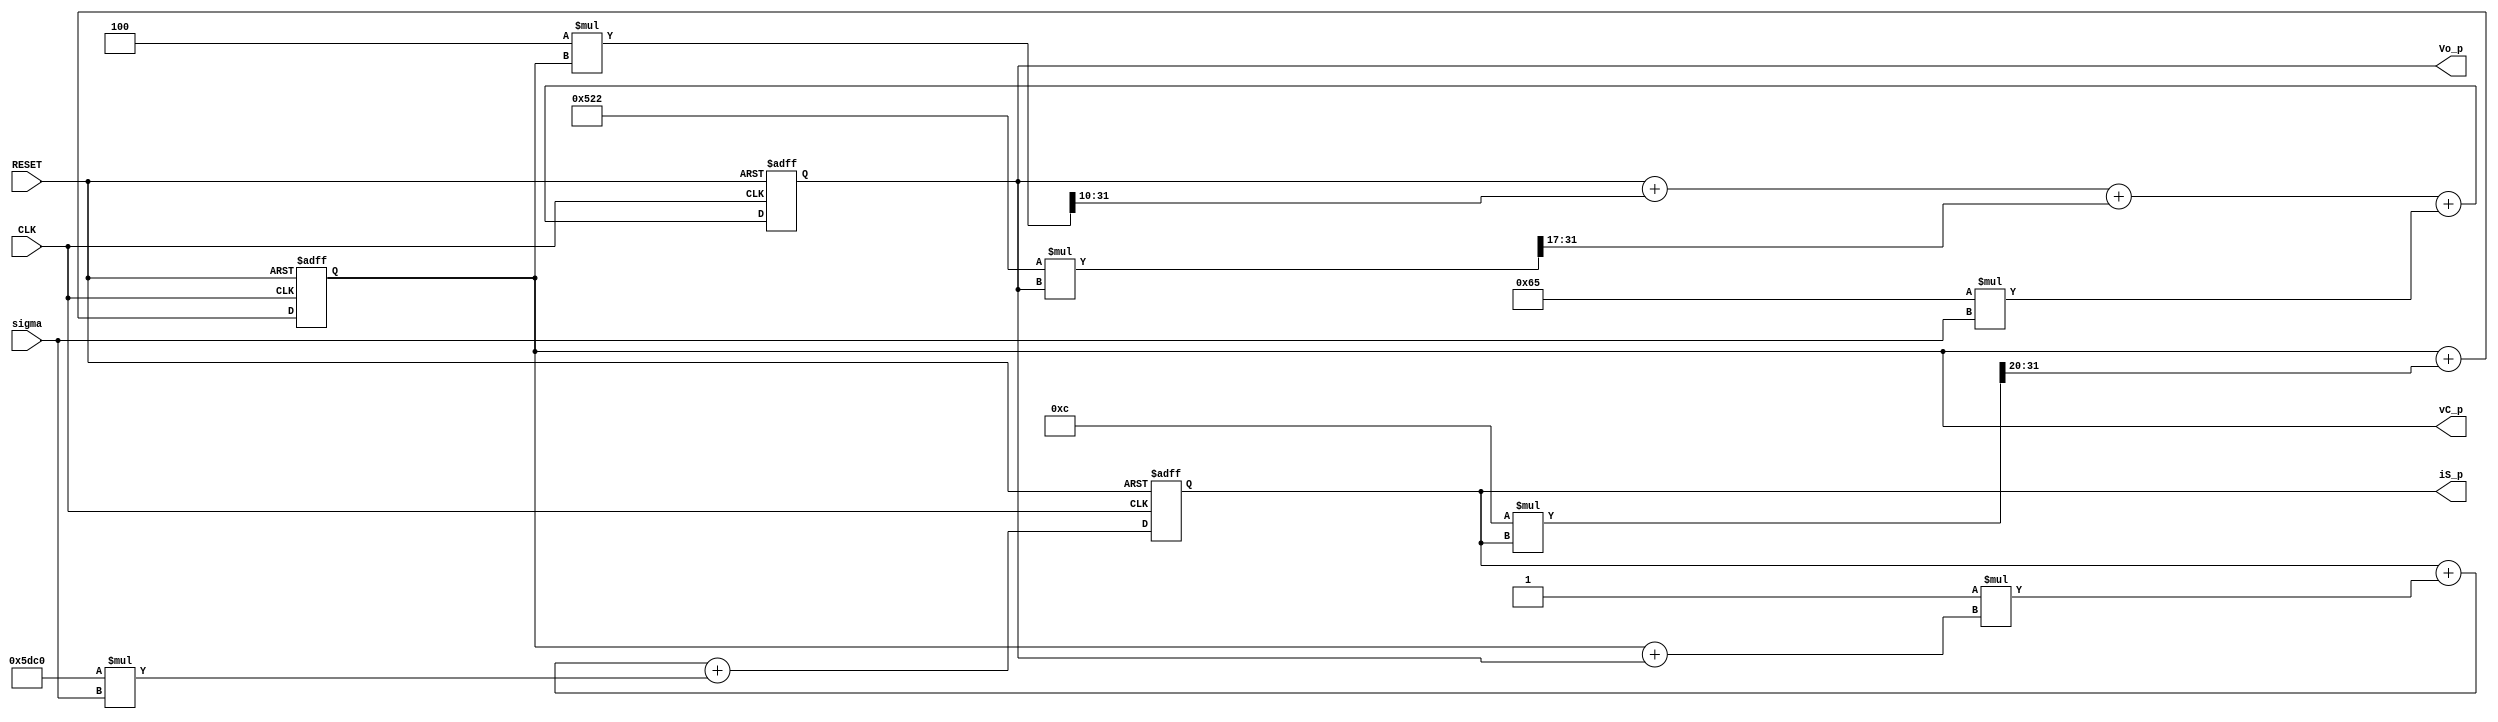
//------------------------------------------------------------
// Project: HYBRID_CONTROL
//------------------------------------------------------------
// Description:
// Simulate different converters. 
// First is an LLC converter with resistive load
// LLC parameters 
//    [L]   = uH
//    [C]   = nF
//    [Lm]  = uH
//    [Req] = mOhm
//    [Vg]  = mV
//    [dt]  = ns
// the discrete model is given by
//    vC_r = vC + (mu_1*iS)>>>20;
//    iS_r = iS + mu_3*sigma_32 + mu_2*(vC +*Vo);
//    Vo_r = Vo + (mu_5*Vo)>>>17 + (mu_6*vC)>>10 + (mu_7*sigma_32)>>10;
// the constants mu_i are given by
//    mu_1 =  (dt*1000*2^10)/(C)
//    mu_2 =  (dt*Vg*1000)/L
//    mu_3 = -dt/L
//    mu_4 = -dt/L
//    mu_5 = -(dt*Req*2^17)*(1+L/Lm)/(L*1e6)
//    mu_6 = -(dt*Req*2^10)/(L*1e6)
//    mu_7 =  (dt*Req*Vg*2^6)/(L*1e3)
// --> there is a Python code 'simulator_converter.py' that compute the constants
// below the constants for the following parameters
//    L   = 10    uH
//    C   = 850   nF
//    Lm  = 30    uH
//    Req = 4200  mOhm
//    Vg  = 24000 mV
//    dt  = 10    ns
//------------------------------------------------------------

`timescale 1 ns / 1 ps

module simulator_LLC #(
   parameter mu_1 =  12,
   parameter mu_2 = -1,
   parameter mu_3 =  24000,
   parameter mu_4 = -4,
   parameter mu_5 = -734,
   parameter mu_6 =  101
)(
   output signed [31:0]  vC_p, 
   output signed [31:0]  iS_p, 
   output signed [31:0]  Vo_p,    
   input                 CLK,    
   input                 RESET,   
   input  signed [1:0]   sigma
);


// INTERNAL VARIABLE
integer vC; // equivalent to reg signed [31:0] vC;
integer iS;
integer Vo;


wire signed [31:0] sigma_32;

// assign output variable

assign vC_p = vC;
assign iS_p = iS;
assign Vo_p = Vo; 
assign sigma_32   = { {30{sigma[1]}} , sigma };

// variable initialization
initial begin
   vC = 0;
   iS = 0;
   Vo = 0;
end


always @(posedge CLK or negedge RESET) begin
   if (~RESET) begin
      vC <= 0;
      iS <= 0;
      Vo <= 0;
   end else begin
      // vC <= vC + ((mu_1*iS)>>>20);
      // iS <= iS + mu_2*sigma_32 + mu_3*vC + mu_4*Vo;
      // Vo <= Vo + mu_7*sigma_32 + ((mu_5*Vo)>>>17) + ((mu_6*vC)>>>10);
      vC <= vC + ((mu_1*iS)>>>20);
      iS <= iS + mu_2*(vC + Vo) + mu_3*sigma_32;
      Vo <= Vo + ((mu_4*vC)>>>10) + ((mu_5*Vo)>>>17) + mu_6*sigma_32;
   end
end



endmodule

//------------------------------------------------------------
// Description:
// Implement the behavior of the sensing chain and the ADC
// take as input:
//    v_in in mV
//    i_in in uA
// The parameters are highly depended on the circuit components
//------------------------------------------------------------

module simulator_ADC_14bit #(
   parameter mu_I = 65,
   parameter mu_V = 140
)(
   output signed [13:0]  v_ADC, 
   output signed [13:0]  i_ADC,   
   input  signed [31:0]  v_in, 
   input  signed [31:0]  i_in
);

// INTERNAL VARIABLE
wire signed [31:0] v_scaled, i_scaled;

// assign output variable
assign v_ADC = v_scaled[13:0];
assign i_ADC = i_scaled[13:0];

assign v_scaled = (v_in*mu_V)>>>10;
assign i_scaled = (i_in*mu_I)>>>17;


endmodule